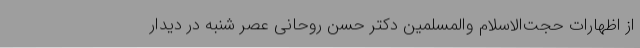
از اظهارات حجت‌الاسلام والمسلمین دکتر حسن روحانی عصر شنبه در دیدار